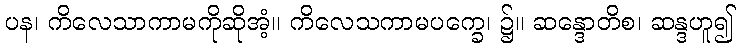
ပန၊ ကိလေသာကာမကိုဆိုအံ့။ ကိလေသကာမပက္ခေ၊ ၌။ ဆန္ဒောတိစ၊ ဆန္ဒဟူ၍